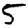
Digit: 5